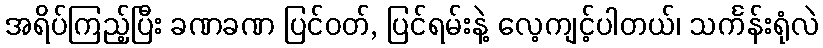
အရိပ်ကြည့်ပြီး ခဏခဏ ပြင်ဝတ်, ပြင်ရမ်းနဲ့ လေ့ကျင့်ပါတယ်၊ သင်္ကန်းရုံလဲ